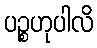
ပဉ္စဟုပါလိ